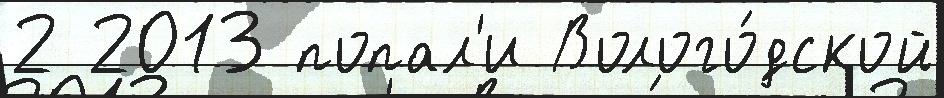
2 2013 попал'и Волого́дской